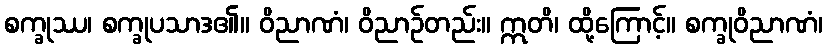
စက္ခုဿ၊ စက္ခုပသာဒ၏။ ဝိညာဏံ၊ ဝိညာဉ်တည်း။ ဣတိ၊ ထို့ကြောင့်။ စက္ခုဝိညာဏံ၊